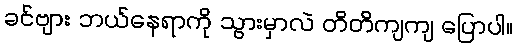
ခင်ဗျား ဘယ်နေရာကို သွားမှာလဲ တိတိကျကျ ပြောပါ။